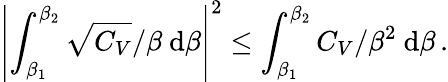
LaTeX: \left|\int_{\beta_{1}}^{\beta_{2}}\sqrt{C_{V}}/\beta~\mathrm d\beta\right|^{2}\leq\int_{\beta_{1}}^{\beta_{2}}C_{V}/\beta^{2}~\mathrm d\beta\, .